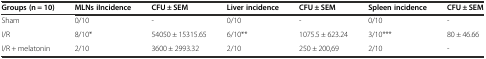
| Groups (n = 10) | MLNs iIncidence | CFU ± SEM | Liver incidence | CFU ± SEM | Spleen incidence | CFU ± SEM |
 | --- | --- | --- | --- | --- | --- | --- |
 | Sham | 0/10 | - | 0/10 | - | 0/10 | - |
 | I/R | 8/10* | 54050 ± 15315.65 | 6/10** | 1075.5 ± 623.24 | 3/10*** | 80 ± 46.66 |
 | I/R + melatonin | 2/10 | 3600 ± 2993.32 | 2/10 | 250 ± 200,69 | 2/10 | - |